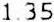
1.35